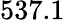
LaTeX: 537.1